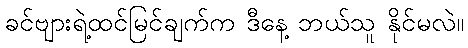
ခင်ဗျားရဲ့ထင်မြင်ချက်က ဒီနေ့ ဘယ်သူ နိုင်မလဲ။